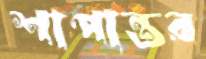
শাপান্তর